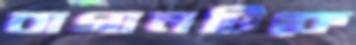
বাগানটিকে